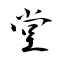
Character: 堂